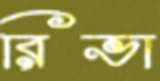
রিভা